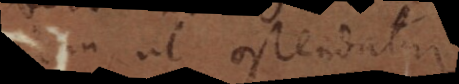
ut ostendatur